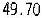
49.70